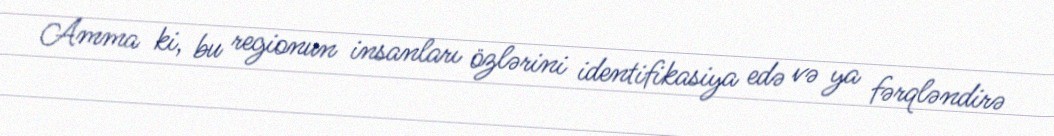
Amma ki, bu regionun insanları özlərini identifikasiya edə və ya fərqləndirə